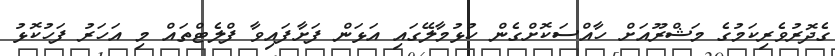
ގެދޮރުވެރިކަމުގެ މަޝްރޫއަށް ހާއްސަކޮށްގެން ހުޅުމާލޭގައި އަޅަން ފަށާފައިވާ ފްލެޓްތައް މި އަަހަރު ފަހުކޮޅު